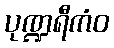
ပုဏ္ဍရီကံဝ